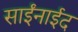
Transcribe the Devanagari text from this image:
साईंनाईद